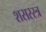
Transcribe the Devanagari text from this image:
शसस्स्त्र